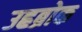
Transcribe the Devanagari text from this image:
उह्रब्रोक